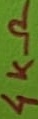
Text: 4KΩ